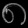
Digit: ၈